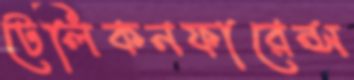
টেলিকনফারেন্স